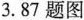
3.87题图